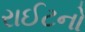
રાઈટનો